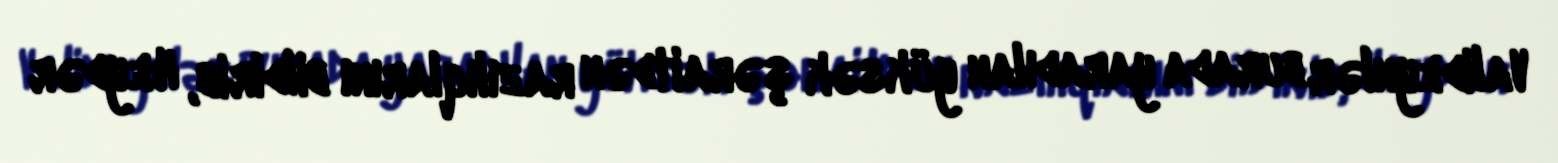
Valideynlər burada yaradılan yüksək şəraitdən razılıqlarını bildirib, Heydər